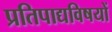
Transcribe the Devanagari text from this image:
प्रतिपाद्यविषयों